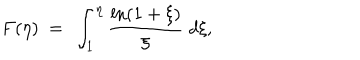
LaTeX: F ( \eta ) \ = \ \int _ { 1 } ^ { \eta } \frac { \ln ( 1 + \xi ) } \xi \ d \xi ,